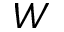
W